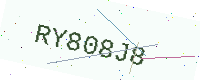
Text: RY808J8